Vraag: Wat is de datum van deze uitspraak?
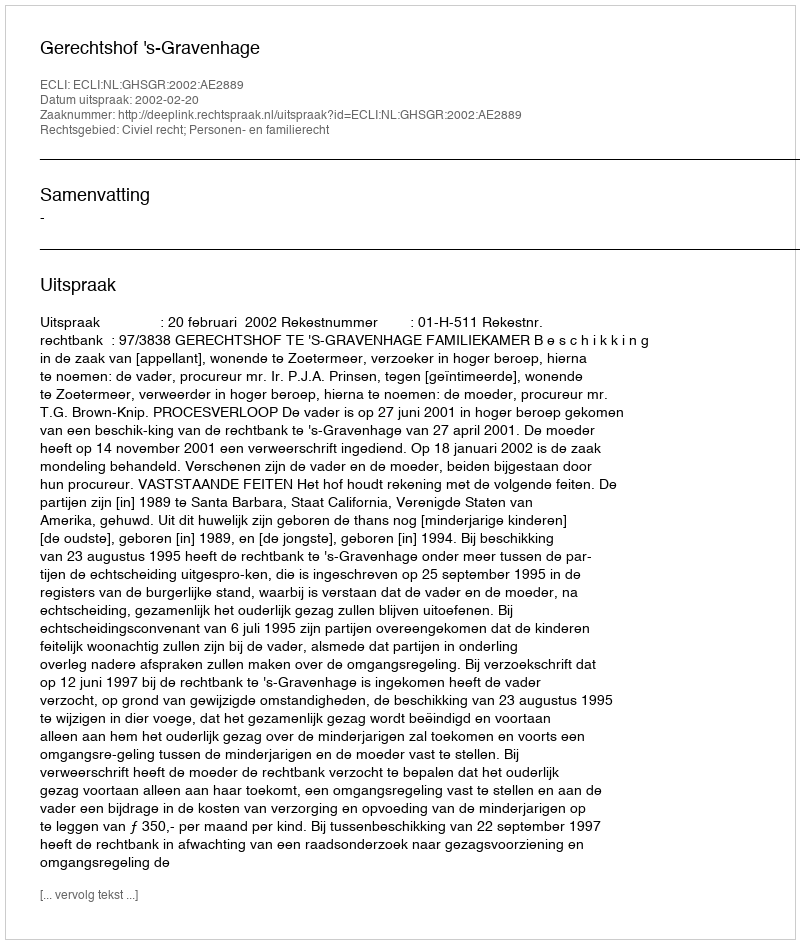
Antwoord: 2002-02-20